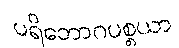
ပရိဘောဂပစ္စယာ